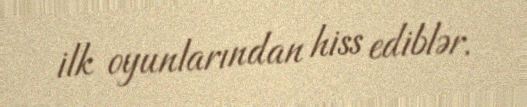
ilk oyunlarından hiss ediblər.